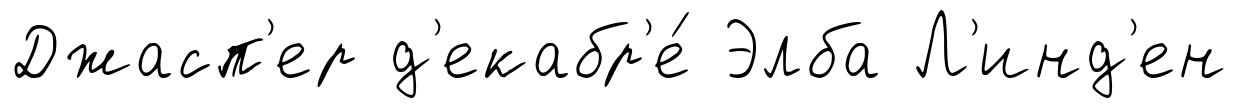
Джасп'ер д'екабр'е́ Элба Л'инд'ен